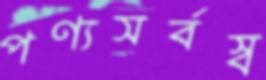
পণ্যসর্বস্ব